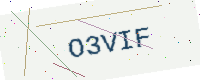
Text: O3VIF